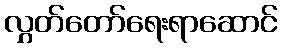
လွှတ်တော်ရေးရာဆောင်